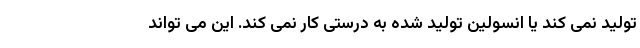
تولید نمی کند یا انسولین تولید شده به درستی کار نمی کند. این می تواند